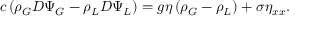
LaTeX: c \left( \rho _ { G } D \Psi _ { G } - \rho _ { L } D \Psi _ { L } \right) = g \eta \left( \rho _ { G } - \rho _ { L } \right) + \sigma \eta _ { x x } .